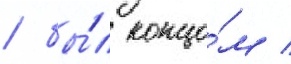
/ бы́л концо́м /